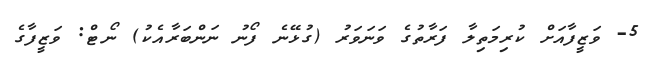
5- ވަޒީފާއަށް ކުރިމަތިލާ ފަރާތުގެ ވަނަވަރު (ގުޅޭނެ ފޯނު ނަންބަރާއެކު) ނޯޓް: ވަޒީފާގެ